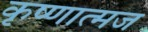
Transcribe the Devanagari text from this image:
कृष्णात्मज